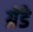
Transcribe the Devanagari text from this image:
ग्रेंडे